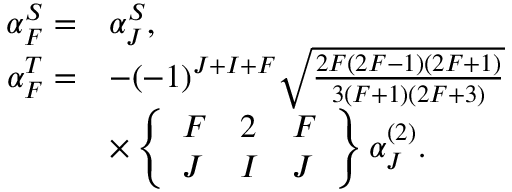
\begin{array} { r l } { \alpha _ { F } ^ { S } = } & { \alpha _ { J } ^ { S } , } \\ { \alpha _ { F } ^ { T } = } & { - ( - 1 ) ^ { J + I + F } \sqrt { \frac { 2 F ( 2 F - 1 ) ( 2 F + 1 ) } { 3 ( F + 1 ) ( 2 F + 3 ) } } } \\ & { \times \left\{ \begin{array} { l l l } { F } & { 2 } & { F } \\ { J } & { I } & { J } \end{array} \right\} \alpha _ { J } ^ { ( 2 ) } . } \end{array}